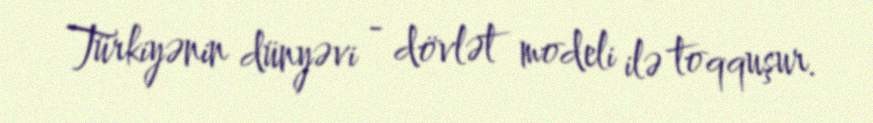
Türkiyənin dünyəvi - dövlət modeli ilə toqquşur.